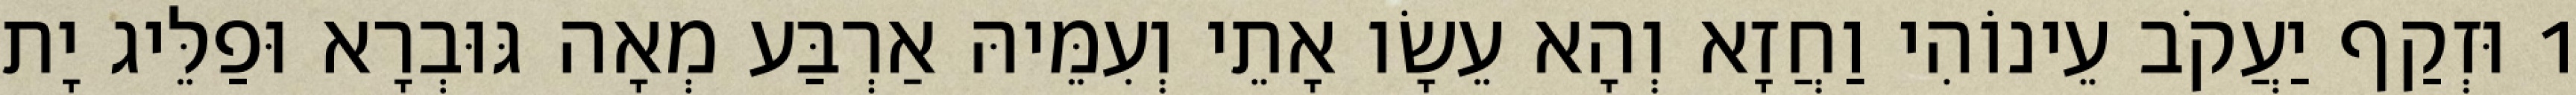
1 וּזְקַף יַעֲקֹב עֵינוֹהִי וַחֲזָא וְהָא עֵשָׂו אָתֵי וְעִמֵּיהּ אַרְבַּע מְאָה גּוּבְרָא וּפַלֵּיג יָת